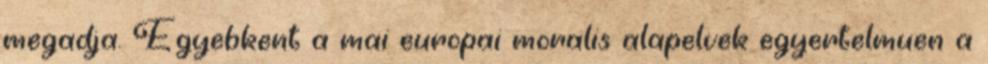
megadja. Egyebkent a mai europai moralis alapelvek egyertelmuen a